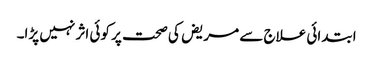
ابتدائی علاج سے مریض کی صحت پر کوئی اثر نہیں پڑا۔